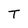
Character: T